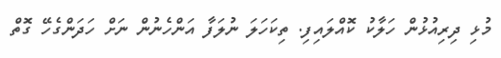
މުޅި ދިރިއުޅުން ހަލާކު ކޮއްލައިފި. ތިކަހަލަ ނުލަފާ އަންހެނުން ނަށް ހަދަންގެހޭ ގޮތް